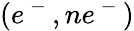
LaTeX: (e^{\mathrm{~-~}},ne^{\mathrm{~-~}})